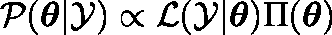
\mathcal { P } ( \boldsymbol { \theta } | \mathcal { Y } ) \propto \mathcal { L } ( \mathcal { Y } | \mathbf { \boldsymbol { \theta } } ) \Pi ( \boldsymbol { \theta } )